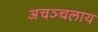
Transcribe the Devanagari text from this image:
अचञ्चलाय